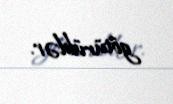
götürüblər.